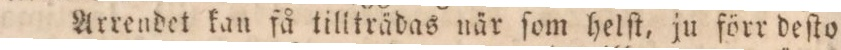
Arrendet kan få tillträdas när ſom helſt, ju förr deſto